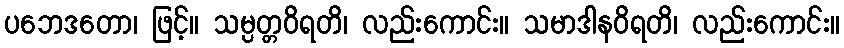
ပဘေဒတော၊ ဖြင့်။ သမ္ပတ္တဝိရတိ၊ လည်းကောင်း။ သမာဒါနဝိရတိ၊ လည်းကောင်း။